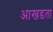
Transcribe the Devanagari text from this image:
आखडता